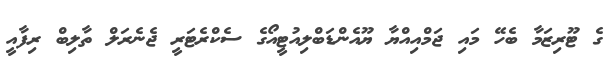
ގެ ޓޫރިޒަމާ ބެހޭ މައި ޖަމްއިއްޔާ ޔޫއެންޑަބްލިއުޓީއޯގެ ސެކްރެޓަރީ ޖެނެރަލް ތާލިބް ރިފާއީ